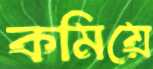
কমিয়ে